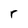
Character: r